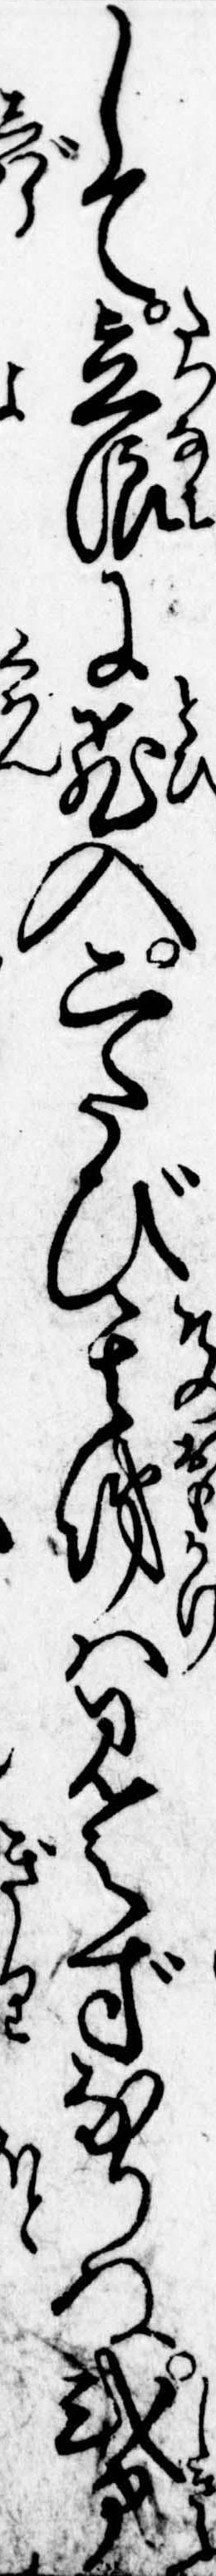
して立浪に飛入二たび其俤は見えずなりぬ式部